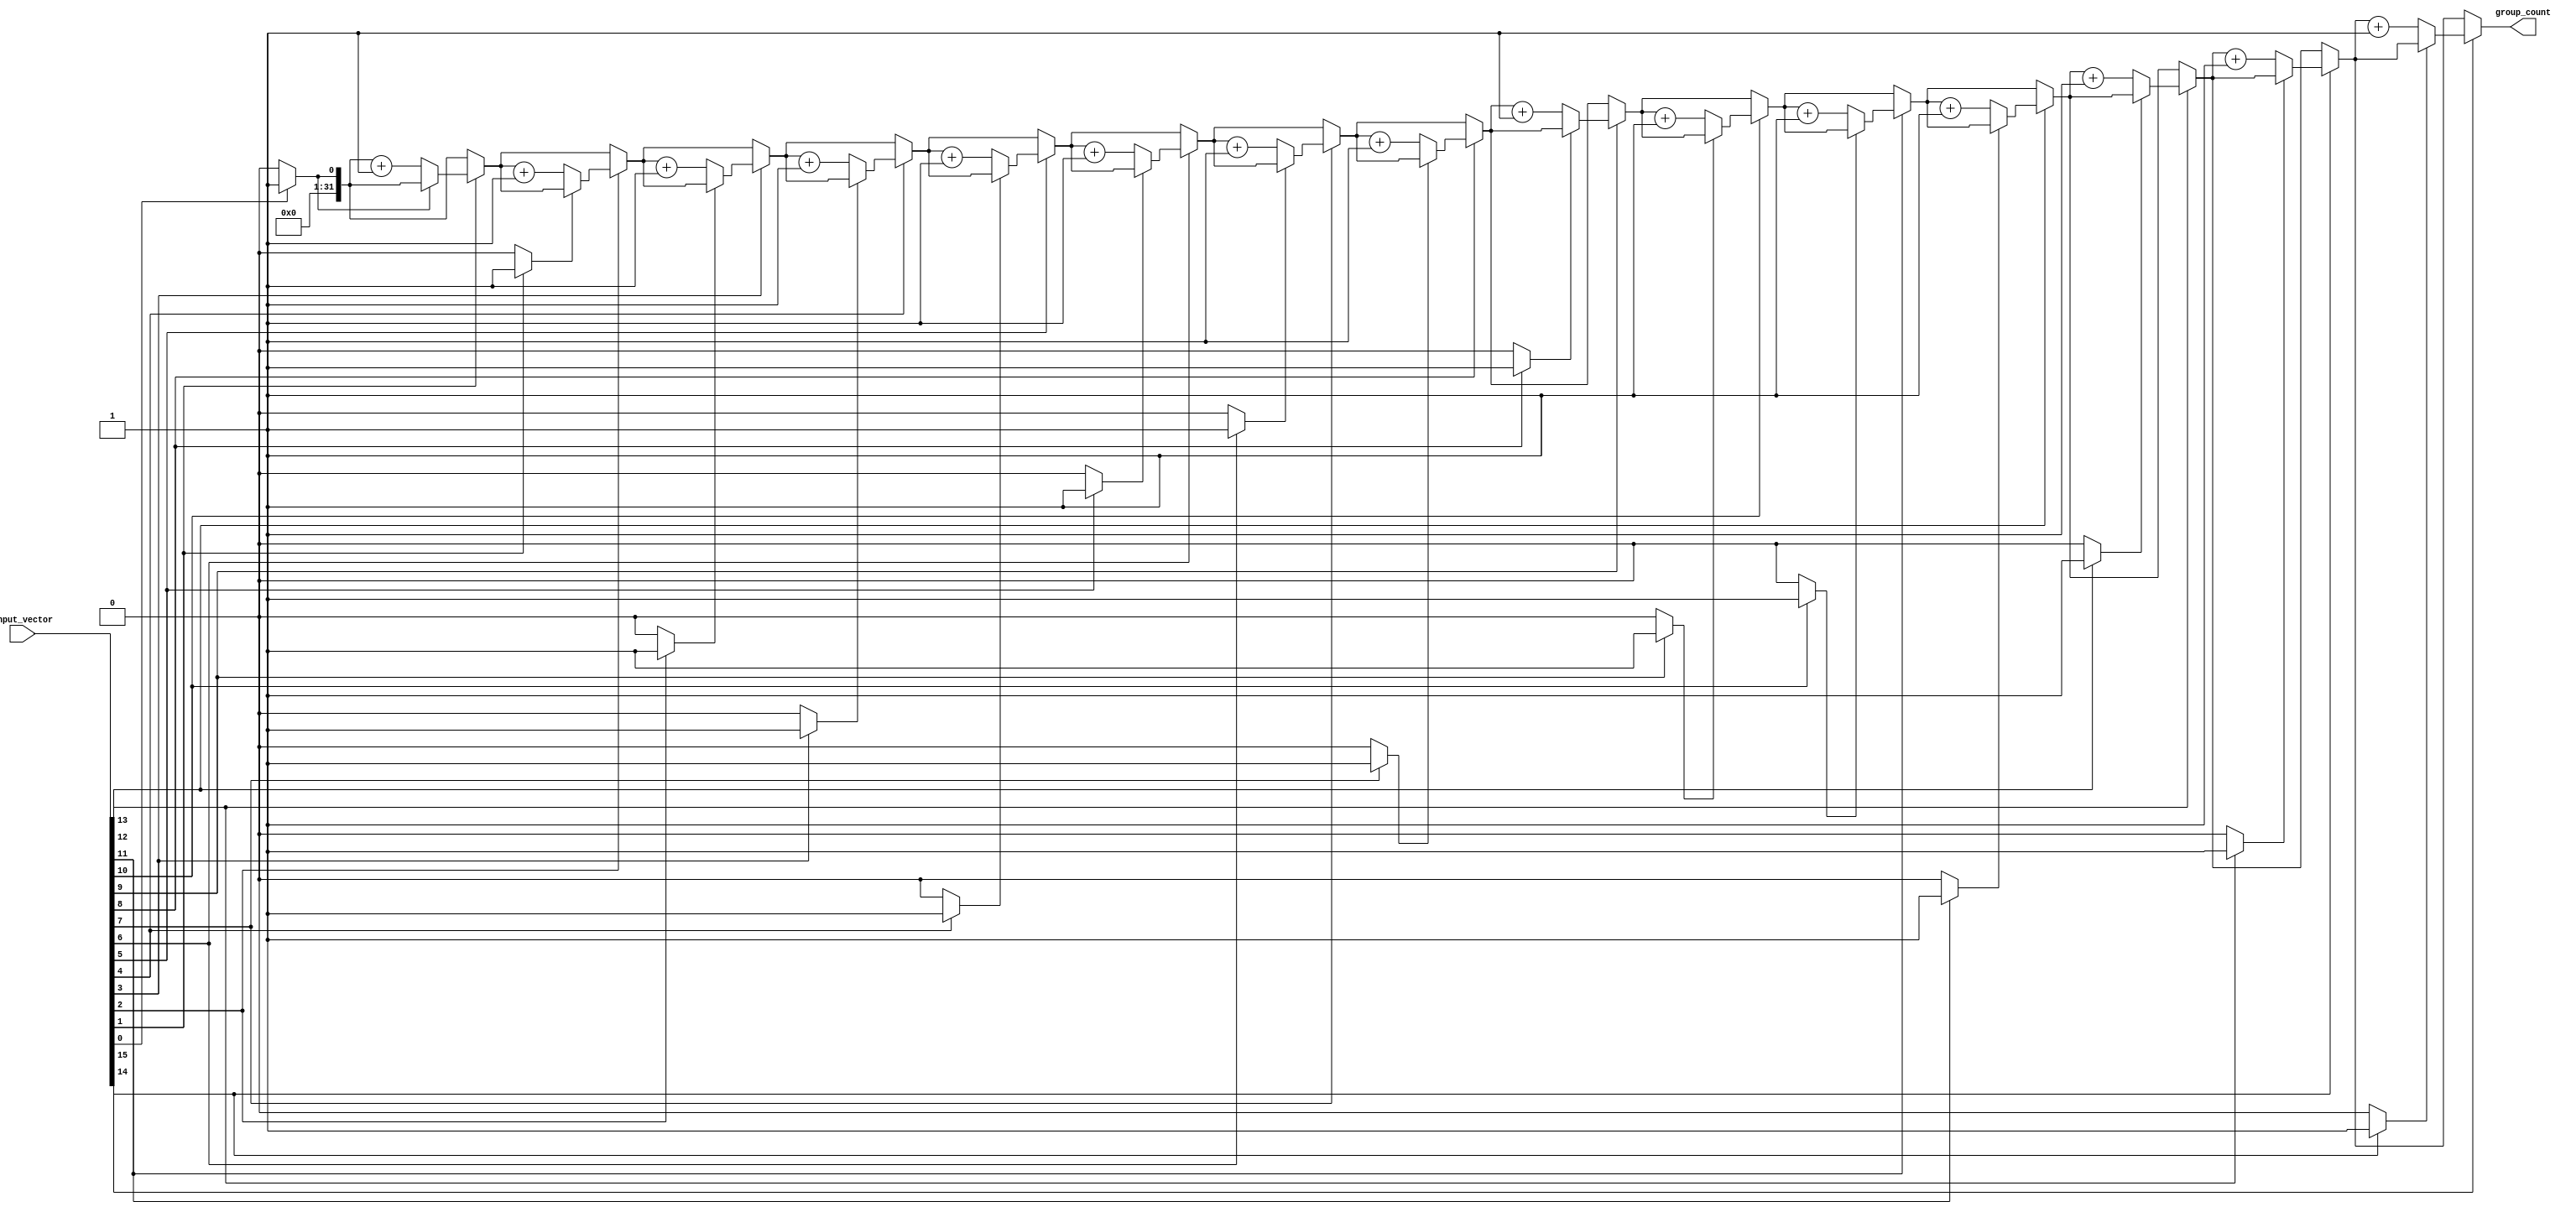
module GroupingOfOnes #(
    parameter N = 16  // Size of the input vector
)(
    input  wire [N-1:0] input_vector,  // Binary input vector
    output reg  [31:0] group_count       // Count of contiguous groups of '1's
);
    
    integer i;                             // Loop index
    reg in_group;                          // Flag to track if we're in a group of '1's

    always @* begin
        // Initialize outputs
        group_count = 0;
        in_group = 0;

        // Iterate through input_vector from LSB to MSB
        for (i = 0; i < N; i = i + 1) begin
            if (input_vector[i] == 1'b1) begin
                if (!in_group) begin         // Start of a new group
                    group_count = group_count + 1;
                    in_group = 1;            // We're now in a group
                end
            end else begin
                in_group = 0;                // End of a group of '1's
            end
        end
    end
    
endmodule